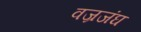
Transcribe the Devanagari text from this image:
वज्रजंघ